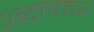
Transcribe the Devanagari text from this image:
श्ब्दावरून